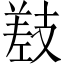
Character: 𫶰